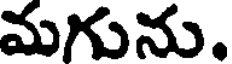
మగును.